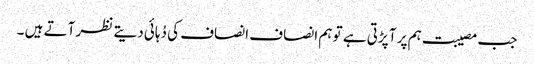
جب مصیبت ہم پر آ پڑتی ہے تو ہم انصاف انصاف کی دُہائی دیتے نظر آتے ہیں ۔